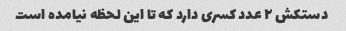
دستکش ٢ عدد کسری دارد که تا این لحظه نیامده است